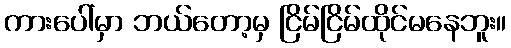
ကားပေါ်မှာ ဘယ်တော့မှ ငြိမ်ငြိမ်ထိုင်မနေဘူး။